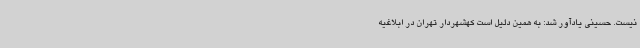
نیست. حسینی یادآور شد: به همین دلیل است کهشهردار تهران در ابلاغیه